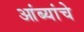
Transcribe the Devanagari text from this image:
आंब्यांचे